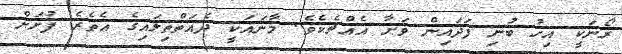
ރޯނަކީ އިހު ބުނި ފަދައިން ވަށާ އެއްޗެކެވެ. މާނައަކީ ދެއަތްތިލައިގެ އެތެރެ ފުށަށް